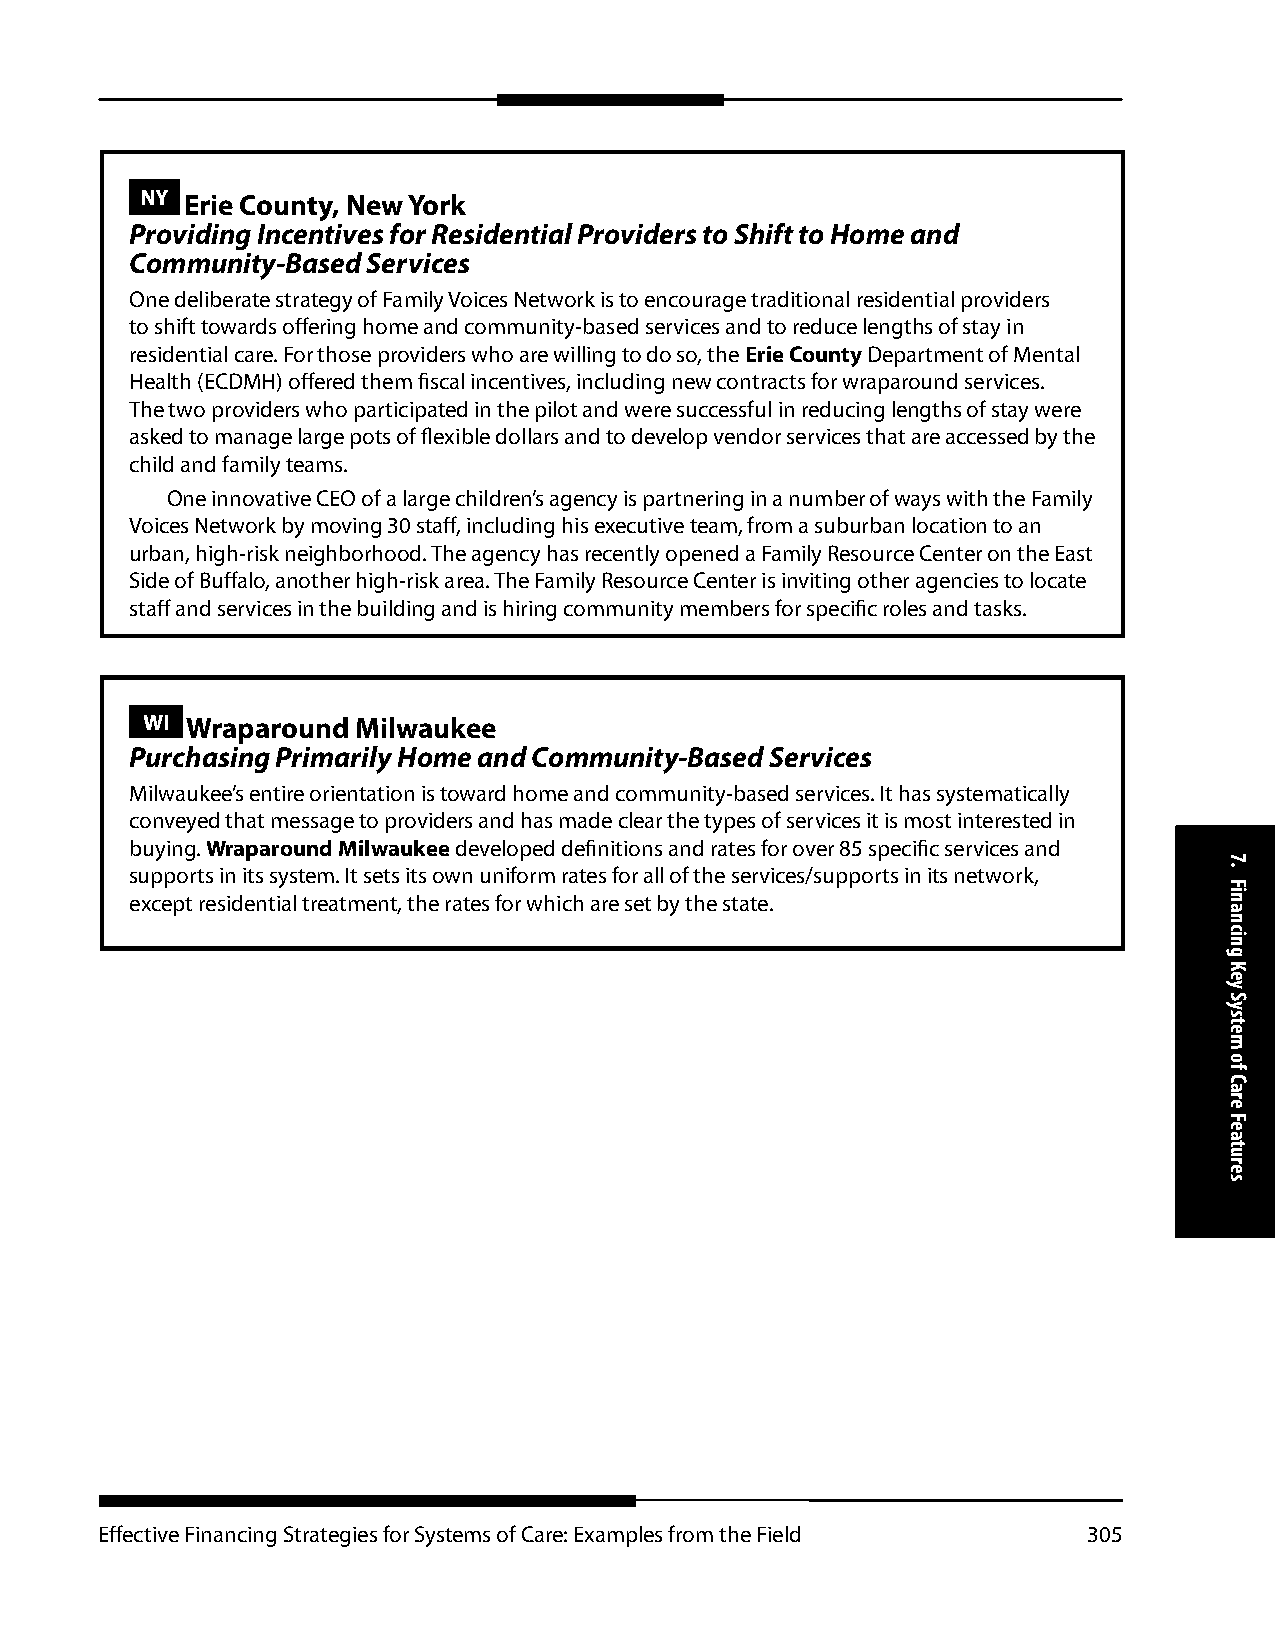
NY Erie County, New York
 Providing Incentives for Residential Providers to Shift to Home and
 Community-Based Services
 One deliberate strategy of Family Voices Network is to encourage traditional residential providers
 to shift towards offering home and community-based services and to reduce lengths of stay in
 residential care. For those providers who are willing to do so, the Erie County Department of Mental
 Health (ECDMH) offered them fiscal incentives, including new contracts for wraparound services.
 The two providers who participated in the pilot and were successful in reducing lengths of stay were
 asked to manage large pots of flexible dollars and to develop vendor services that are accessed by the
 child and family teams.
 One innovative CEO of a large children’s agency is partnering in a number of ways with the Family
 Voices Network by moving 30 staff, including his executive team, from a suburban location to an
 urban, high-risk neighborhood. The agency has recently opened a Family Resource Center on the East
 Side of Buffalo, another high-risk area. The Family Resource Center is inviting other agencies to locate
 staff and services in the building and is hiring community members for specific roles and tasks.
 WI Wraparound  Milwaukee
 Purchasing Primarily Home and Community-Based Services
 Milwaukee’s entire orientation is toward home and community-based services. It has systematically
 conveyed that message to providers and has made clear the types of services it is most interested in
 buying. Wraparound Milwaukee developed definitions and rates for over 85 specific services and
 supports in its system. It sets its own uniform rates for all of the services/supports in its network,
 except residential treatment, the rates for which are set by the state.
 Effective Financing Strategies for Systems of Care: Examples from the Field 305
 7.
 Financing
 Key
 System
 of
 Care
 Features